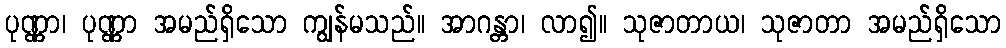
ပုဏ္ဏာ၊ ပုဏ္ဏာ အမည်ရှိသော ကျွန်မသည်။ အာဂန္တာ၊ လာ၍။ သုဇာတာယ၊ သုဇာတာ အမည်ရှိသော